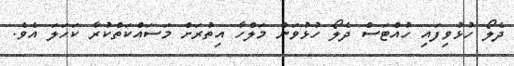
ދެލޯ ހުޅުވިފައި ހުއްޓަސް ދެލޯ ހުޅުވަން މަލްހާ އިތުރަށް މަސައްކަތްކުރާ ކަހަލަ އެވެ.